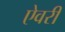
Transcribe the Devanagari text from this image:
ऐवरी